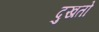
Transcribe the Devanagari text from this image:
दुखतो